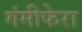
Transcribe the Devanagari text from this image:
गंमीफेरा